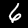
Digit: 6